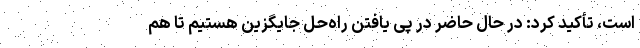
است، تأکید کرد: در حال حاضر در پی یافتن راه‌حل جایگزین هستیم تا هم